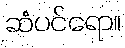
ဆံပင်ရော။